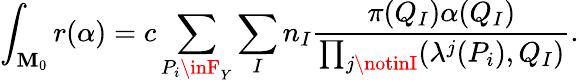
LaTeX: \int_{\mathbf{M}_{0}}r(\alpha)=c\sum_{P_{i}\inF_{Y}}\sum_{I}n_{I}\frac{{\pi(Q_{I})\alpha(Q_{I})}}{{\prod_{j\notinI}(\lambda^{j}(P_{i}),Q_{I})}}.